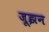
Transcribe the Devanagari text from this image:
जूझन